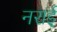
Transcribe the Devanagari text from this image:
नराई